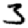
Digit: 3